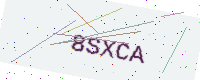
Text: 8SXCA